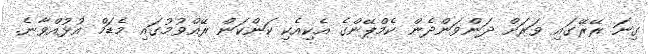
ގިނަ ރޭރޭގައި ވަރަށް ދަންވަންދެން ކެމްޕޭންގެ އެކިއެކި ކަންކަން ރޭއްވުމުގައި މެޑަމް އުޅުއްވާނެ.